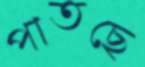
পাতছে